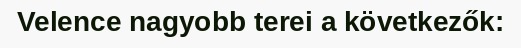
Velence nagyobb terei a következők: